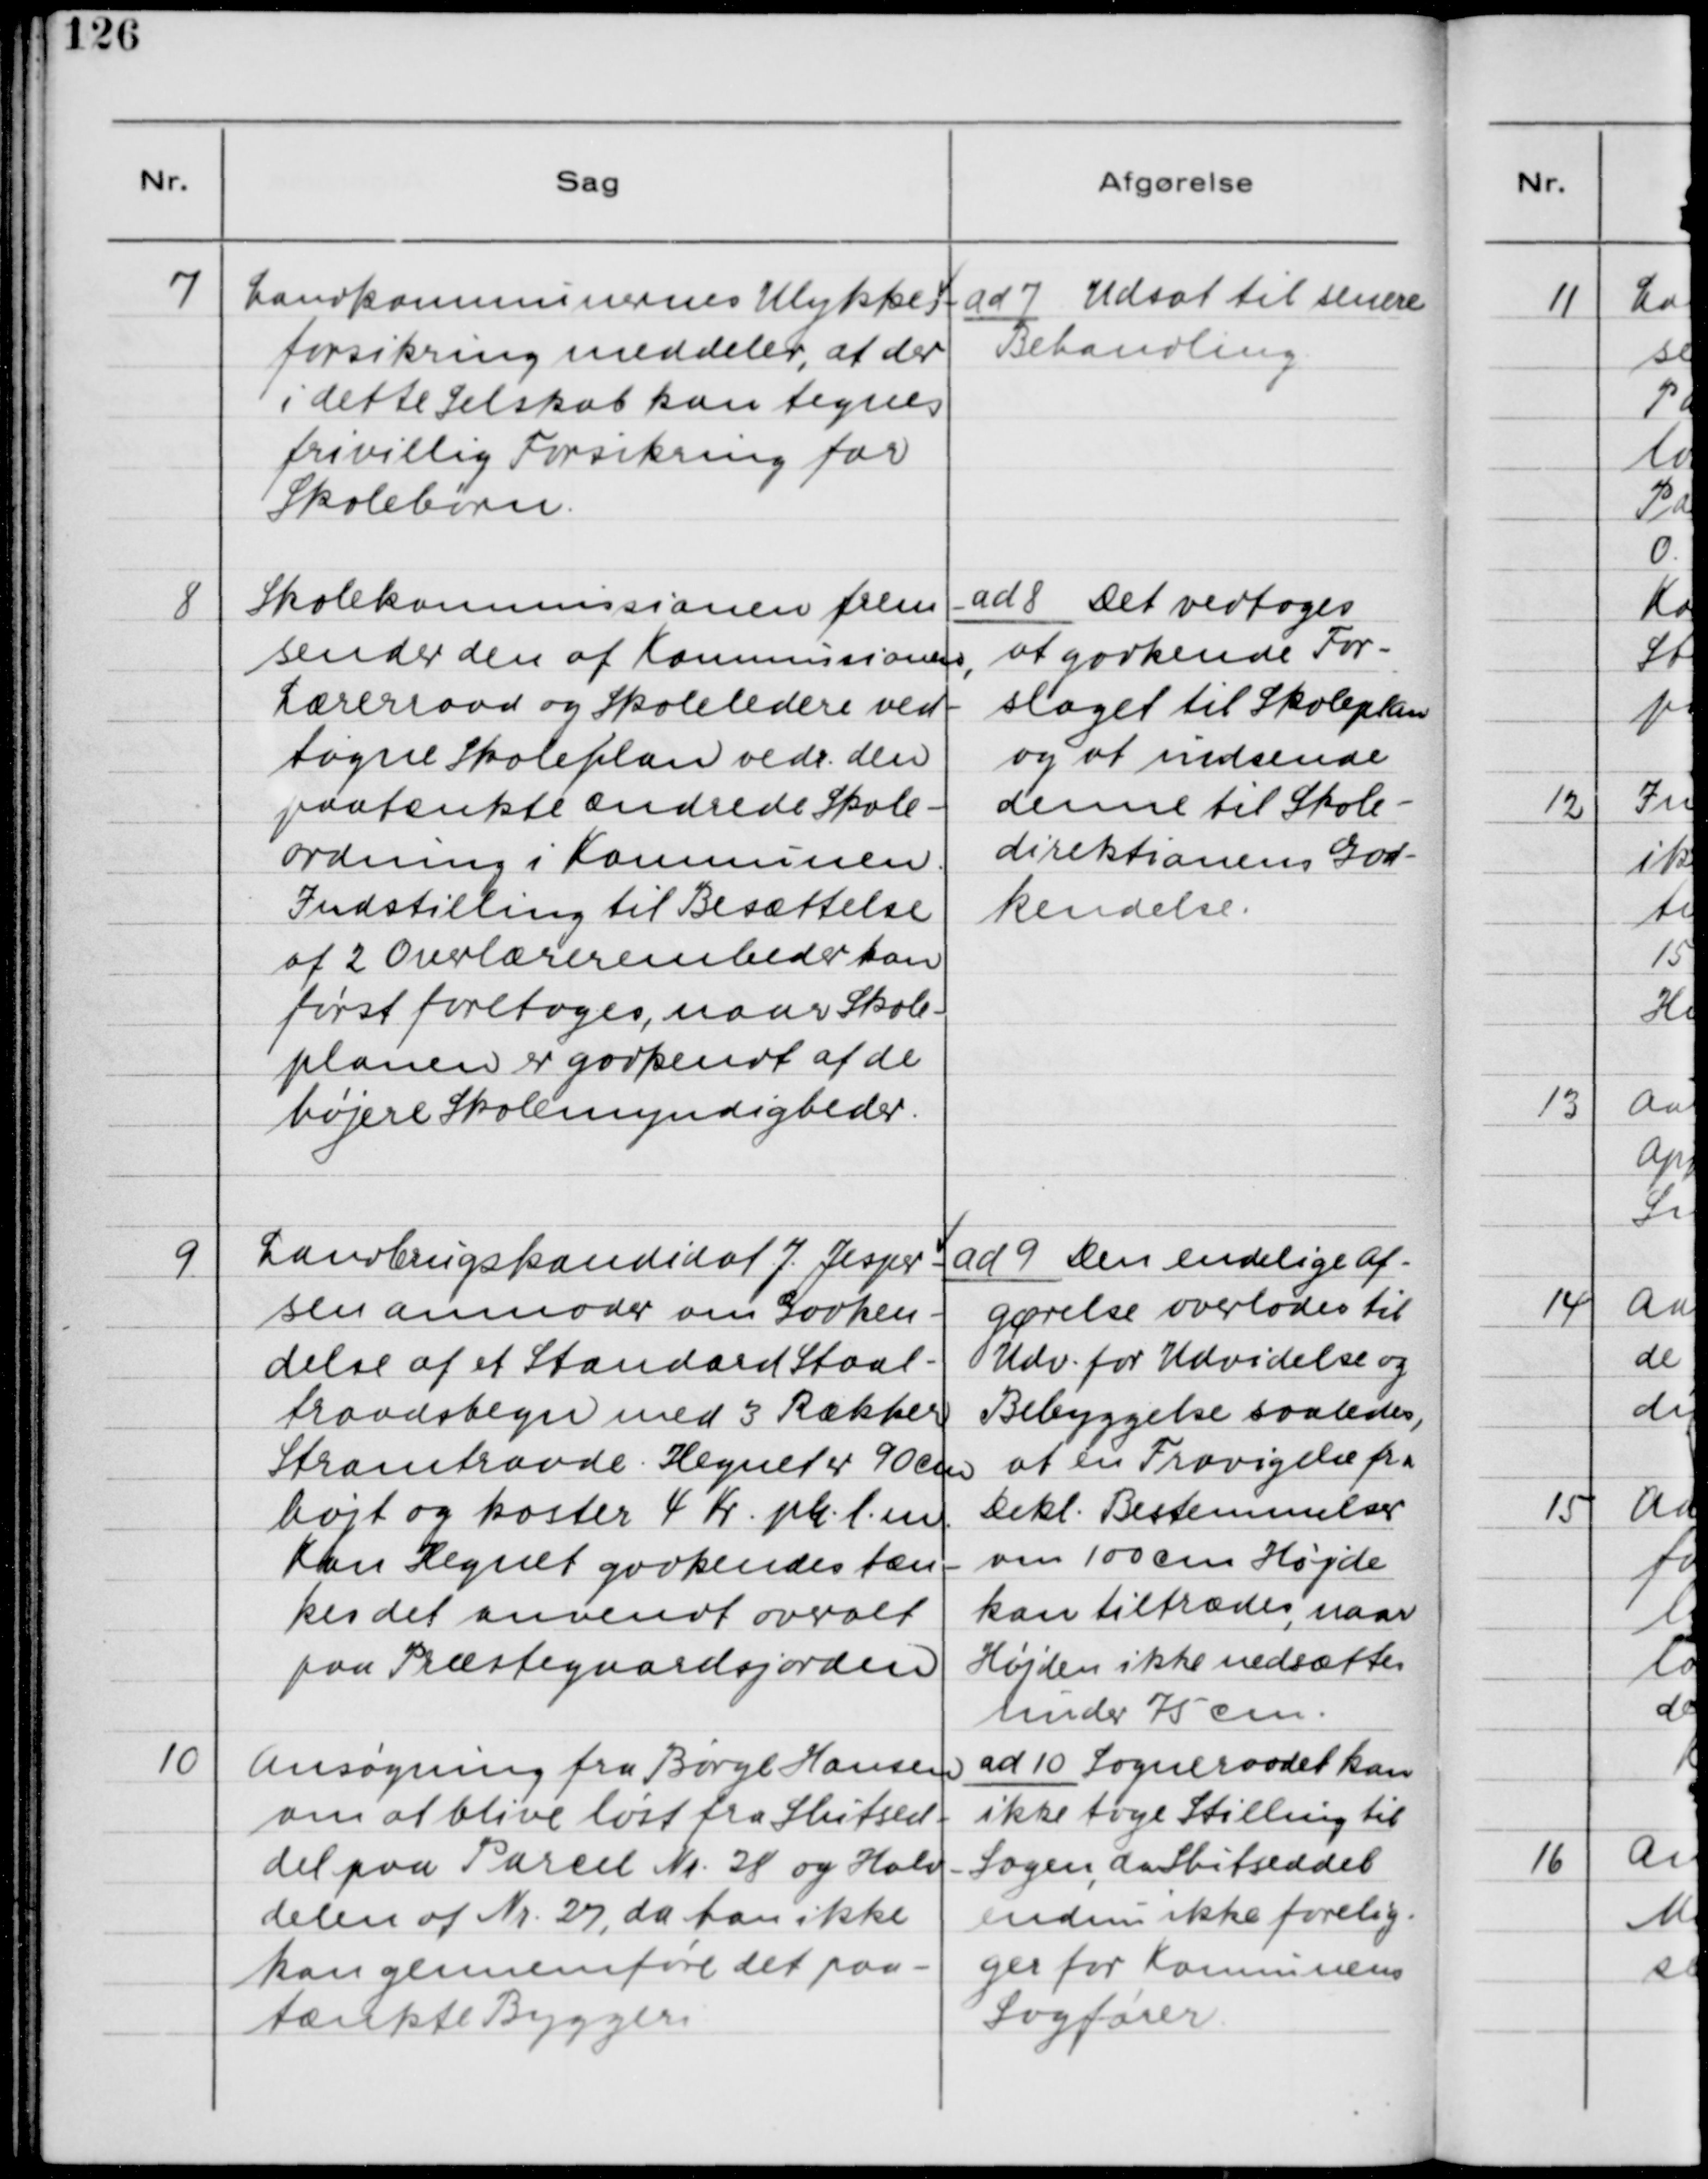
Transskription:
7. Landkommissionens Ulykkes-
forsikring meddeler, at der
i dette Selskab kan tegnes
frivillig Forsikring for
Skolebørn.

ad 7. Udsat til senere
Behandling

8. Skolekommissionen frem-
sender den af Kommissionens,
Lærerraad og Skoleledere ved-
tagne Skoleplan vedr. den
paatænkte ændrede Skole-
ordning i Kommunen.
Indstilling til Besættelse
af 2 Overlærerembeder kan
først foretages, naar Skole-
planen er godkendt af de
højere Skolemyndigheder.

ad 8. Det vedtoges
at godkende For-
slaget til Skoleplan
og at indsende
denne til Skole-
direktionens God-
kendelse.

9. Landbrugskandidat J. Jesper-
sen anmoder om Godken-
delse af et Standard Staal-
traadshegn med 3 Rækker
Stramtraade. Hegnet er 90 cm
højt og koster 4 Kr. pr. l. m.
Kan Hegnet godkendes tæn-
kes det anvendt overalt
paa Præstegaardsjorden.

ad 9. Den endelige Af-
gørelse overlades til
Udv. for Udvidelse og
Bebyggelse saaledes,
at en Fravigelse fra
Dekl. Bestemmelser
om 100 cm Højde
kan tiltrædes, naar
Højden ikke nedsættes
under 75 cm.

10. Ansøgning fra Børge Hansen
om at blive løst fra Slutsed-
del paa Parcel Nr. 28 og Halv-
delen af Nr. 27, da han ikke
kan gennenføre det paa-
tænkte Byggeri.

ad 10. Sogneraadet kan
ikke tage Stilling til
Sagen, da Slutseddel
endnu ikke forelig-
ger for Kommunens
Sagfører.